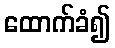
ထောက်ခံ၍